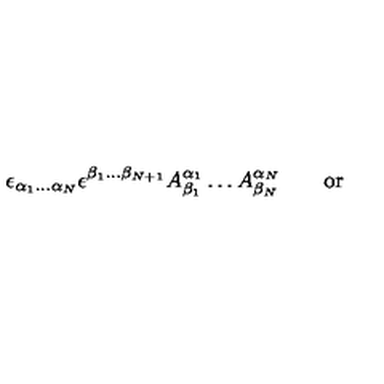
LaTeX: \epsilon _ { \alpha _ { 1 } \ldots \alpha _ { N } } \epsilon ^ { \beta _ { 1 } \ldots \beta _ { N + 1 } } A _ { \beta _ { 1 } } ^ { \alpha _ { 1 } } \ldots A _ { \beta _ { N } } ^ { \alpha _ { N } } \qquad \mathrm { o r } \qquad